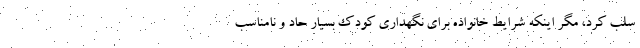
سلب کرد، مگر اینکه شرایط خانواده برای نگهداری کودک بسیار حاد و نامناسب